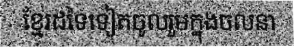
ខ្មែរដទៃទៀតចូលរួមក្នុងចលនា